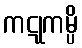
ကဋုကမ္ပိ